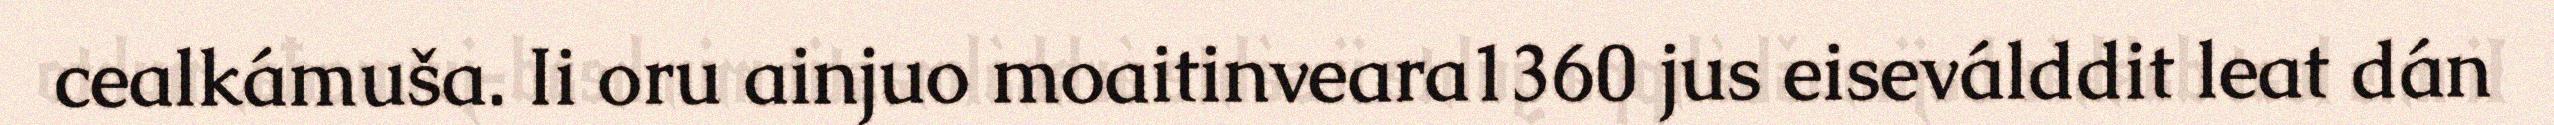
cealkámuša. Ii oru ainjuo moaitinveara1360 jus eiseválddit leat dán